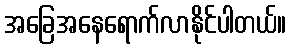
အခြေအနေရောက်လာနိုင်ပါတယ်။